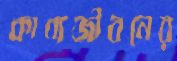
কাব্যজীবনের